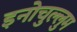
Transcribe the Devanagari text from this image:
इनोचुल्लुम